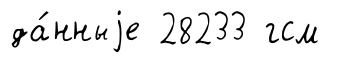
да́нныjе 28233 гсм